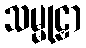
သမ္မုဠှာ